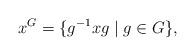
\begin{align*}x^G = \{g^{-1}xg\mid g\in G\},\end{align*}